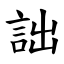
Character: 詘